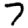
Digit: 7